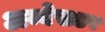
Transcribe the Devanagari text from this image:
अम्बेसडर